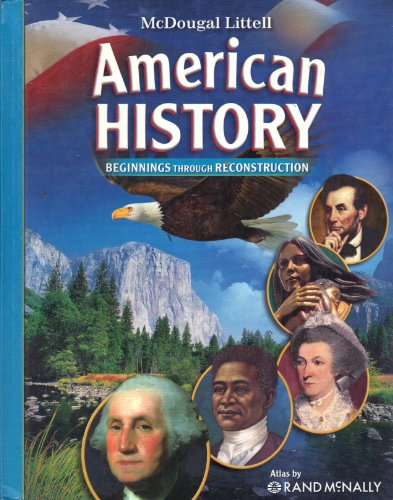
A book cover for McDougal Littell Middle School American History: Student Edition Beginnings through Reconstruction 2008; MCDOUGAL LITTEL; Children's Books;